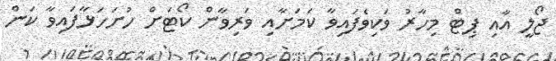
ޖޯލީ އާއި ޕިޓް މިހާރު ވަކިވެފައިވާ ކަމަށާއި ވަރިވާން ކޯޓަށް ހުށަހަޅާފައިވާ ކަން